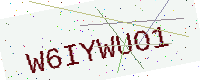
Text: W6IYWUO1